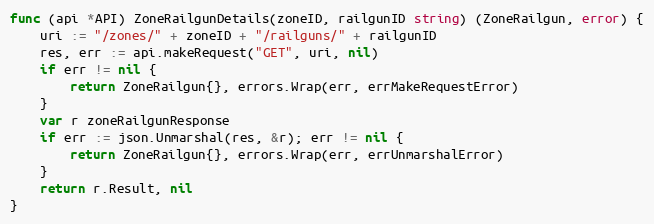
Language: Go
func (api *API) ZoneRailgunDetails(zoneID, railgunID string) (ZoneRailgun, error) {
	uri := "/zones/" + zoneID + "/railguns/" + railgunID
	res, err := api.makeRequest("GET", uri, nil)
	if err != nil {
		return ZoneRailgun{}, errors.Wrap(err, errMakeRequestError)
	}
	var r zoneRailgunResponse
	if err := json.Unmarshal(res, &r); err != nil {
		return ZoneRailgun{}, errors.Wrap(err, errUnmarshalError)
	}
	return r.Result, nil
}